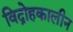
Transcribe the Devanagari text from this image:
विद्रोहकालीन